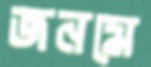
জনমে